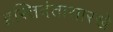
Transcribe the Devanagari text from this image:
हस्तिदंतासारखे